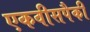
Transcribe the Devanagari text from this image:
एकवीसपैकी